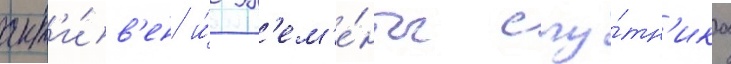
акт'и́в'ен и́ эл'ем'е́нты спу́тн'ика